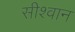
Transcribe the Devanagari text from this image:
सीश्वान